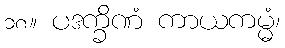
၁၈။ ပဒက္ခိဏံ ကာယကမ္မံ၊